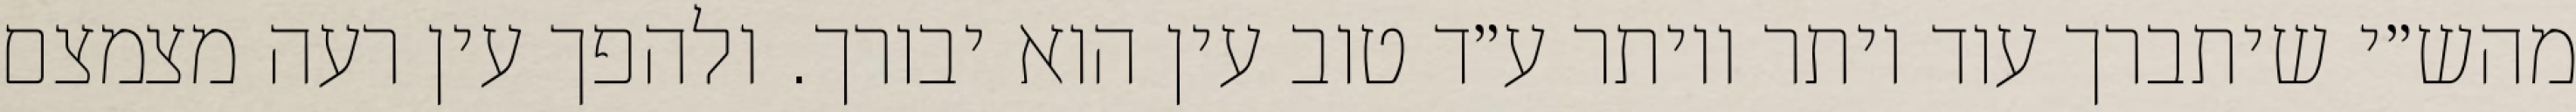
מהש״י שיתברך עוד יותר ויותר ע״ד טוב עין הוא יבורך. ולהפך עין רעה מצמצם